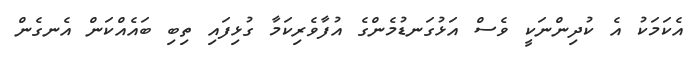
އެކަމަކު އެ ކުދިންނަކީ ވެސް އަޅުގަނޑުމެންގެ އުފާވެރިކަމާ ގުޅިފައި ތިބި ބައެއްކަން އެނގެން